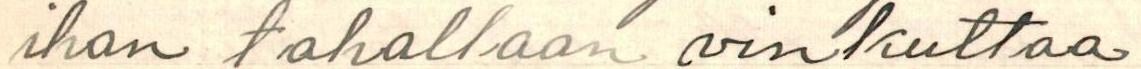
ihan tahallaan vinkuttaa